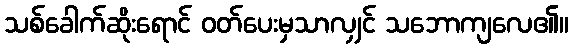
သစ်ခေါက်ဆိုးရောင် ဝတ်ပေးမှသာလျှင် သဘောကျလေ၏။